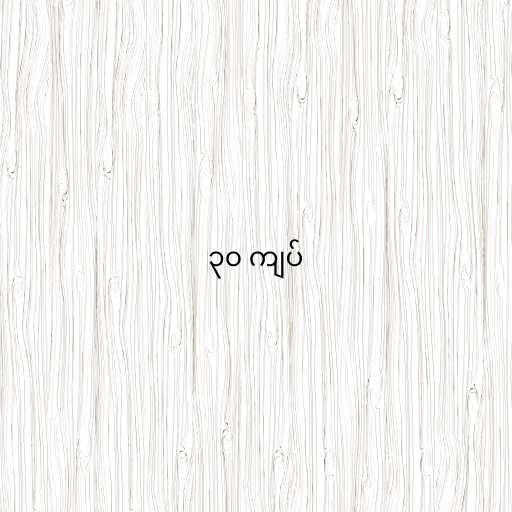
၃၀ ကျပ်